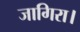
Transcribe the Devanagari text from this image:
जागिरा।